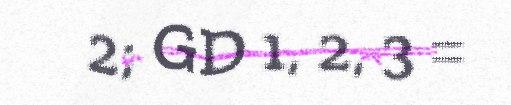
2; GD 1, 2, 3 =